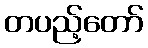
တပည့်တော်